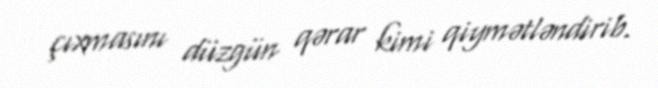
çıxmasını düzgün qərar kimi qiymətləndirib.